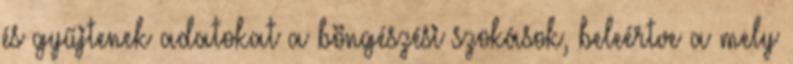
és gyűjtenek adatokat a böngészési szokások, beleértve a mely